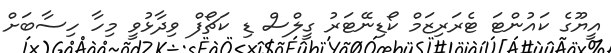
އީޔޫގެ ކައުންޓަ ޓެރަރިޒަމް ކޯޑިނޭޓަރު ގީލްސް ޑި ކަޗޯފް ވިދާޅުވީ މިހާ ހިސާބަށް